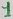
Text: 1